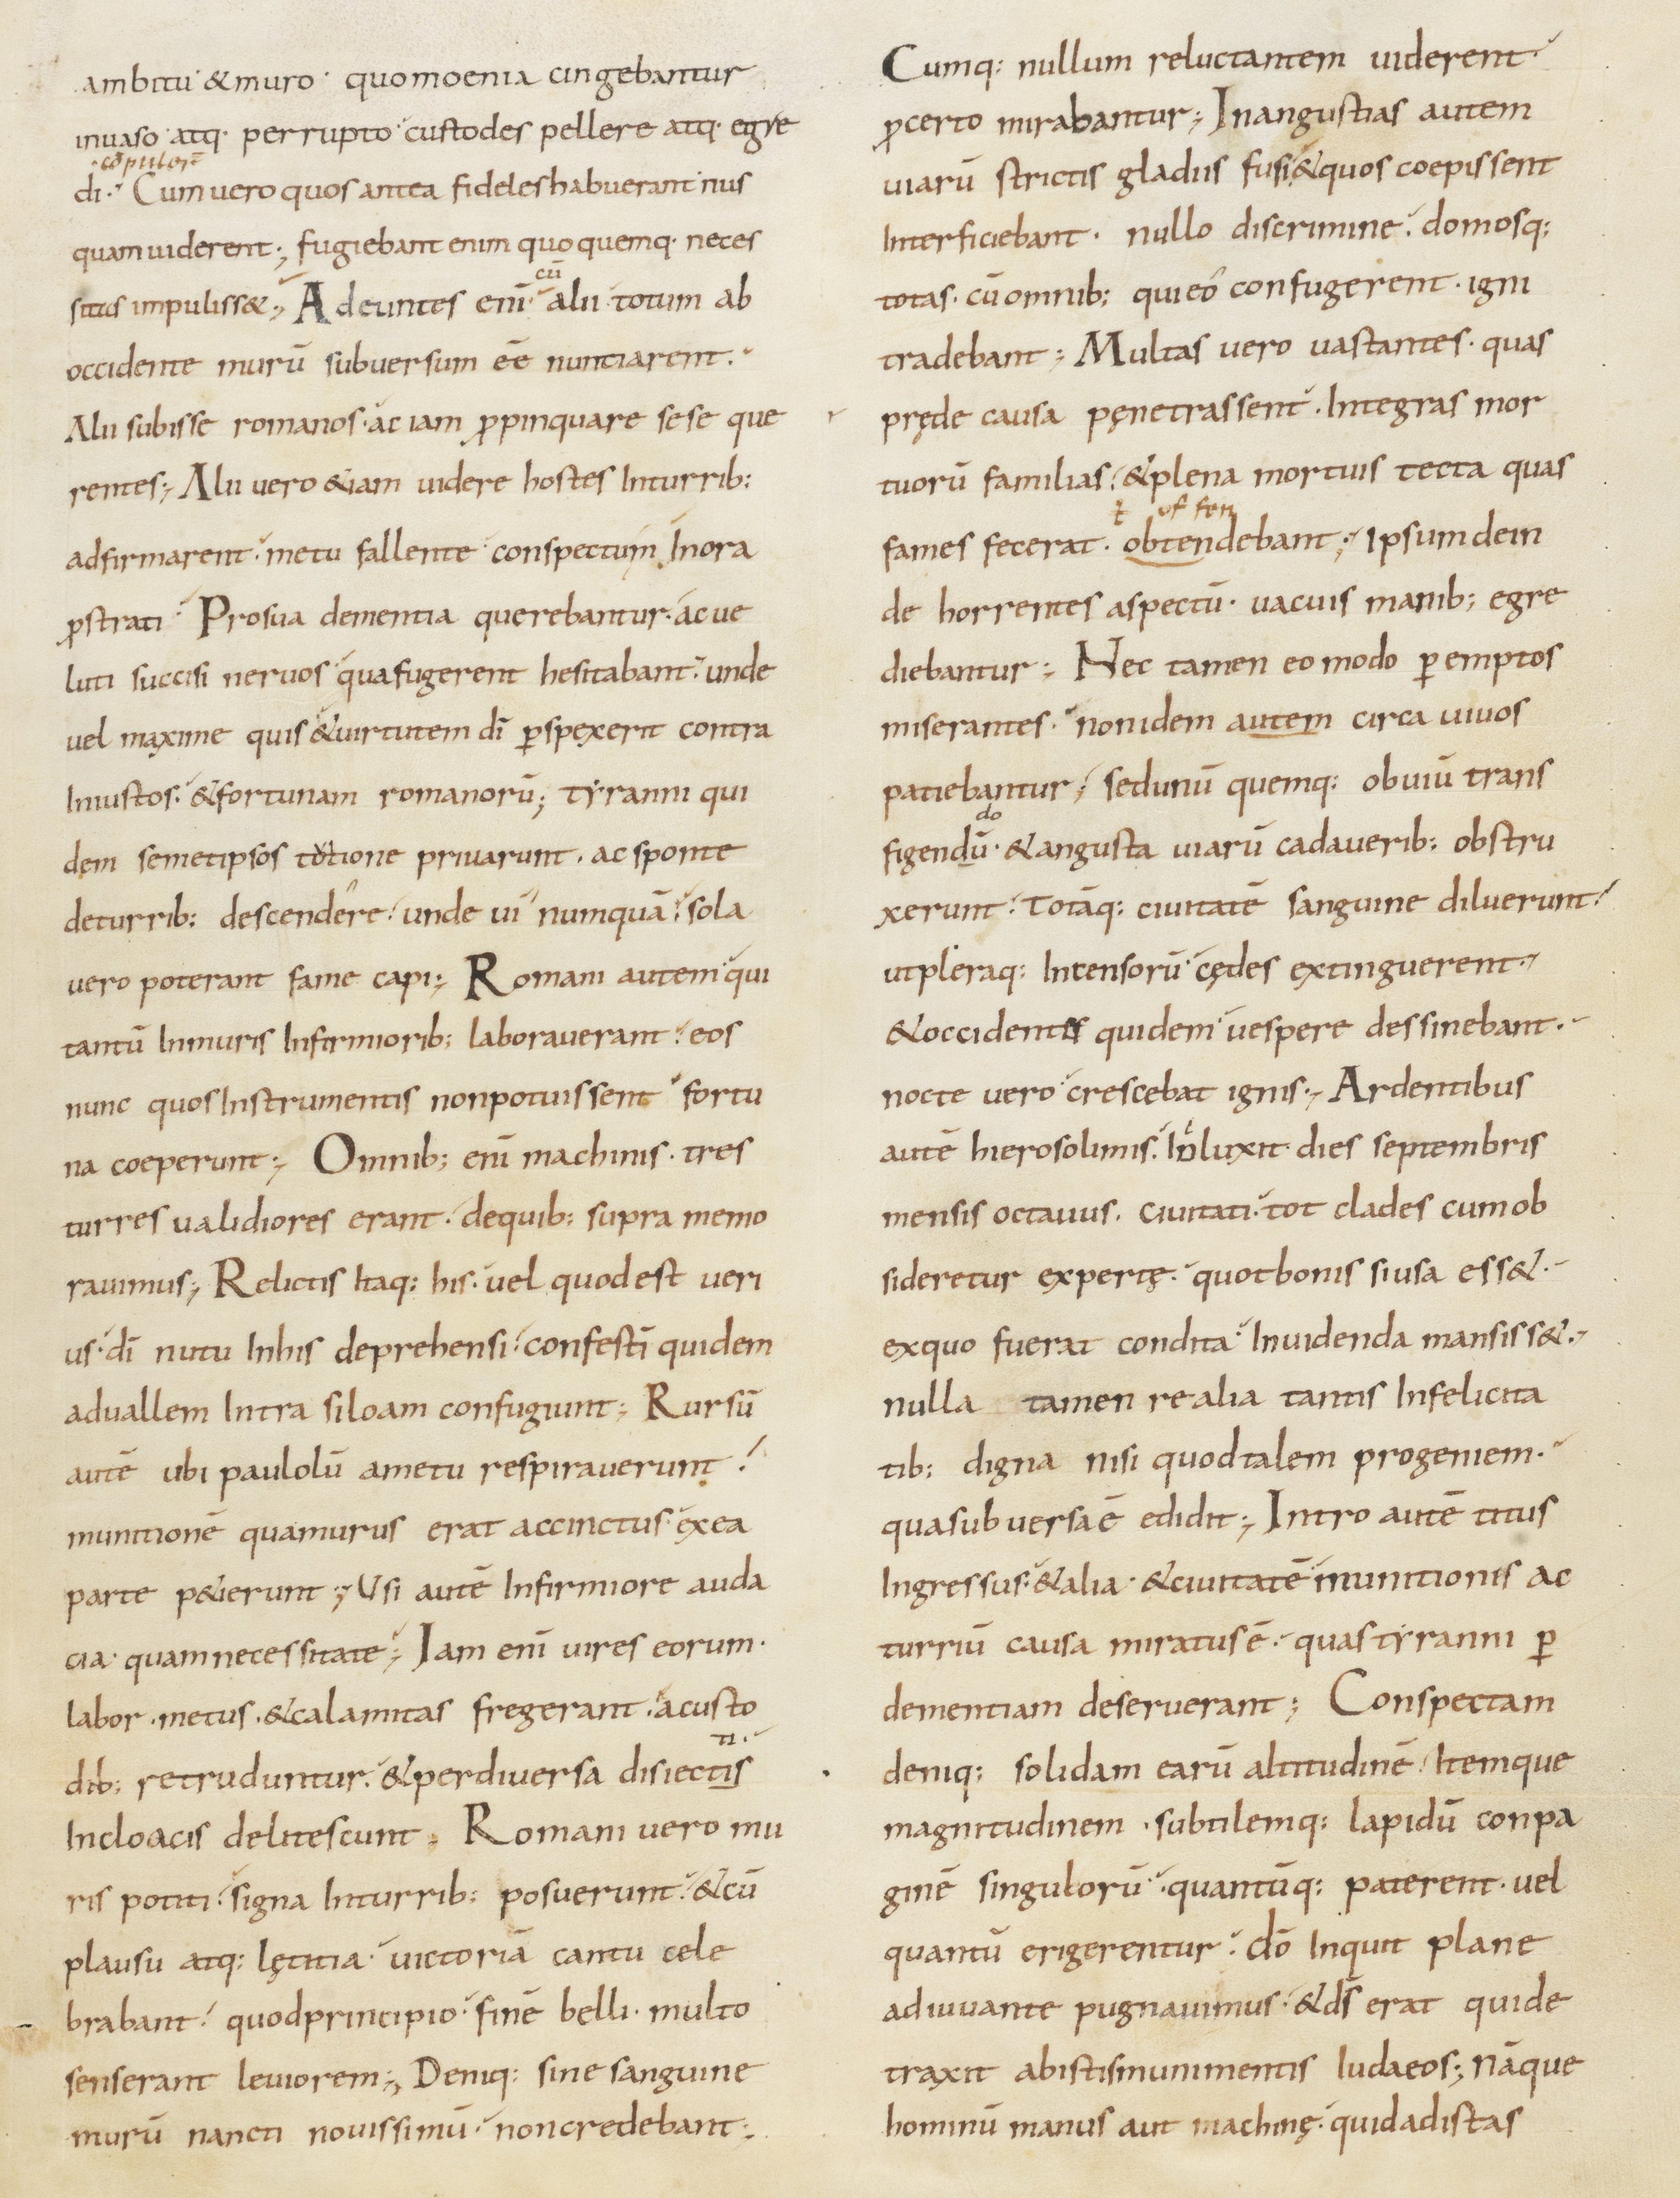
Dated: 800–899